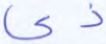
ذي